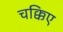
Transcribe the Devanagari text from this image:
चक्किए